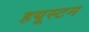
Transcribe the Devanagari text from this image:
हयूस्टन